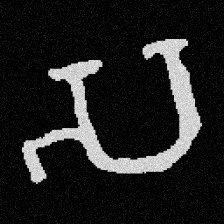
Pyu character \u2014 Myanmar letter: သ (romanized: sa)